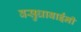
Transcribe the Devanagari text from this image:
वसुधाबाईंनी